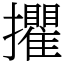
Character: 㩴